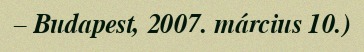
– Budapest, 2007. március 10.)